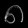
Digit: ၈